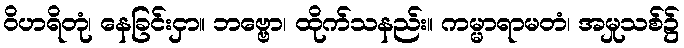
ဝိဟရိတုံ၊ နေခြင်းငှာ။ ဘဗ္ဗော၊ ထိုက်သနည်း။ ကမ္မာရာမတံ၊ အမှုသစ်၌